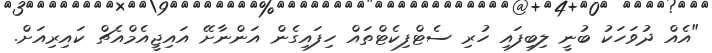
"އެއް ދުވަހަކު ބުނީ ލިބިފައި ހުރި ސެޓްފިކެޓްތައް ހިފައިގެން އަންނާށޭ އައިޖީއެމްއެޗް ކައިރިއަށް.